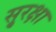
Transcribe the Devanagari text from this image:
सु्रक्षा